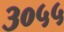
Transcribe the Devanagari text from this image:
३०५५